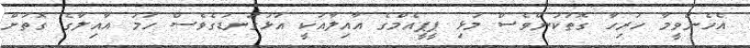
އެހެންވީމާ ހުރިހާ ގޮތަކުންވެސް މުޅި ޕީޕީއެމްގެ އާއިލާއަކީ އަޅުގަނޑުގެވެސް ހަމަ އާއިލާގެ ގޮތަށް